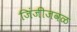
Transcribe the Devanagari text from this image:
जिंजीजवळ